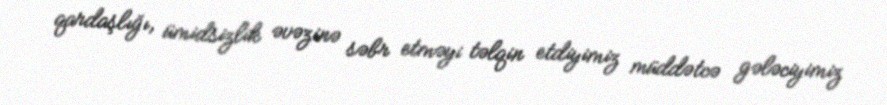
qardaşlığı, ümidsizlik əvəzinə səbr etməyi təlqin etdiyimiz müddətcə gələciyimiz